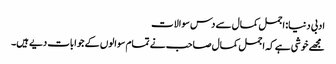
ادبی دنیا: اجمل کمال سے دس سوالات
مجھے خوشی ہے کہ اجمل کمال صاحب نے تمام سوالوں کے جوابات دیے ہیں۔